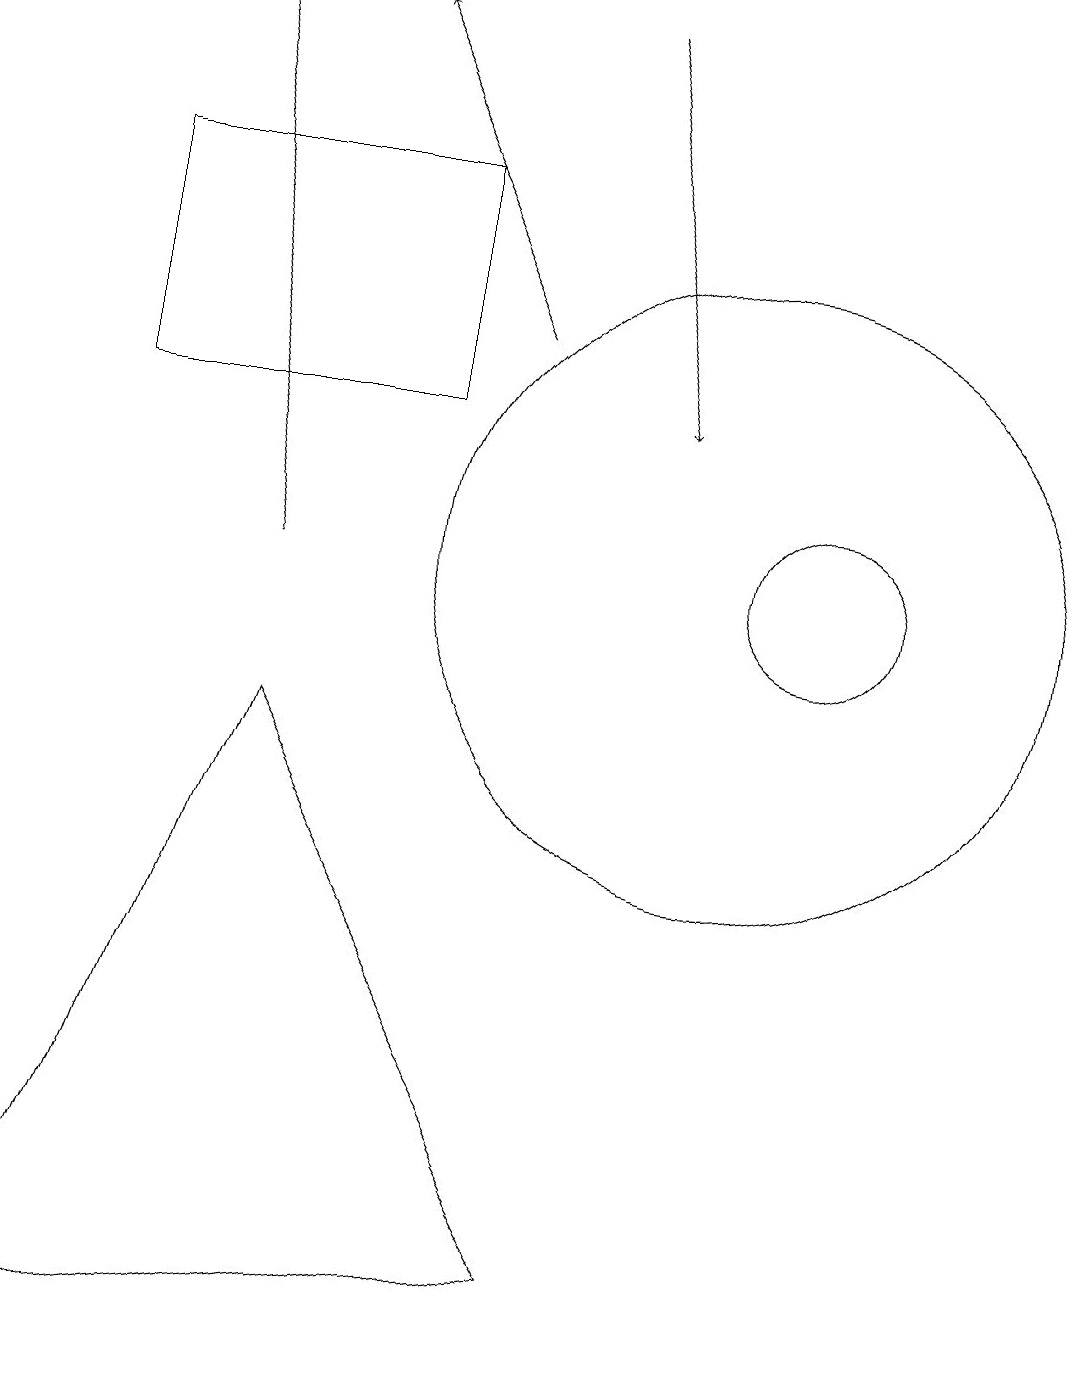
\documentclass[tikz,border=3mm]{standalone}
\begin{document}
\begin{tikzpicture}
\draw (10,10) circle (4);
\draw (8,1) -- (1,0) -- (4,8) -- cycle;
\draw[->] (4,10) -- (3,17);
\draw (11,10) circle (1);
\draw[->] (7,13) -- (5,17);
\draw (6,12) rectangle (2,15);
\draw[->] (8,17) -- (9,12);
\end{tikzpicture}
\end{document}